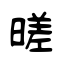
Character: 暛